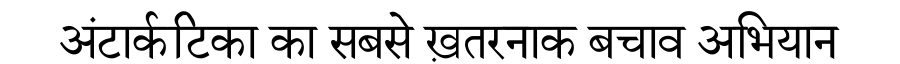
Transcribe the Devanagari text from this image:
अंटार्कटिका का सबसे ख़तरनाक बचाव अभियान